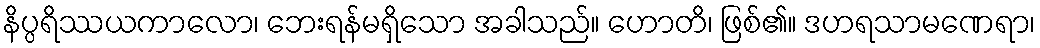
နိပ္ပရိဿယကာလော၊ ဘေးရန်မရှိသော အခါသည်။ ဟောတိ၊ ဖြစ်၏။ ဒဟရသာမဏေရာ၊